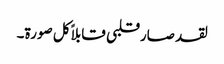
لقد صارقلبی قابلاً کل صورۃ۔